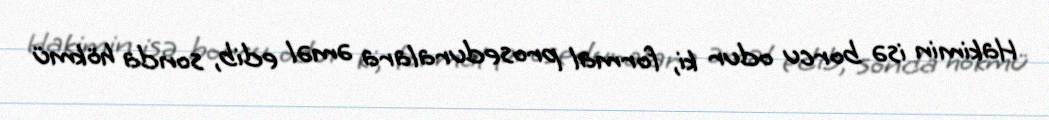
Hakimin isə borcu odur ki, formal proseduralara əməl edib, sonda hökmü